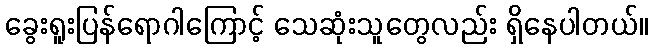
ခွေးရူးပြန်ရောဂါကြောင့် သေဆုံးသူတွေလည်း ရှိနေပါတယ်။